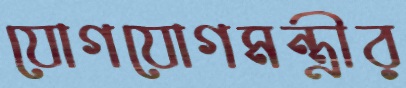
যোগযোগমন্ত্রীর